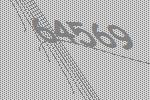
64569